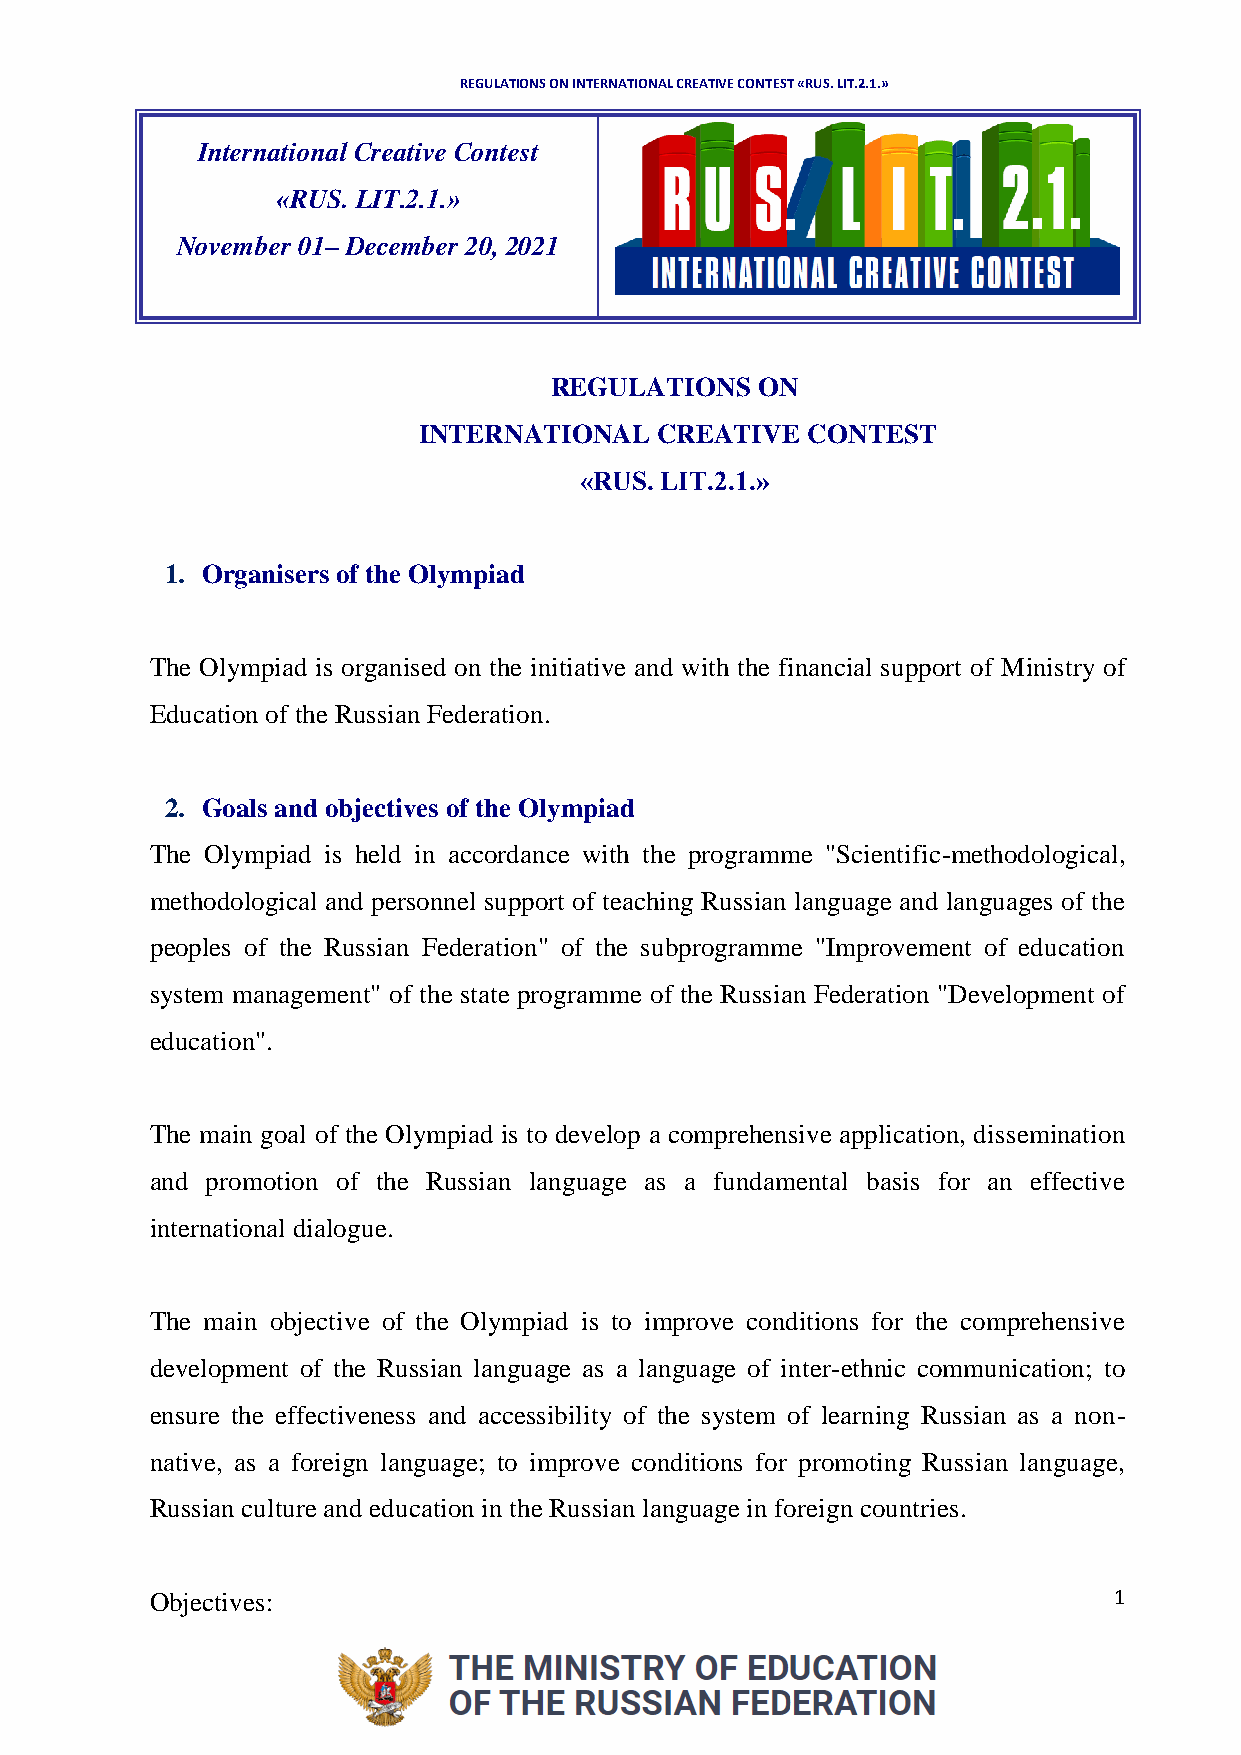
REGULATIONS ON INTERNATIONAL CREATIVE CONTEST «RUS. LIT.2.1.»
 International Creative Contest
 «RUS. LIT.2.1.»
 November 01– December 20, 2021
 REGULATIONS   ON
 INTERNATIONAL   CREATIVE CONTEST
 «RUS. LIT.2.1.»
 1. Organisers of the Olympiad
 The Olympiad is organised on the initiative and with the financial support of Ministry of
 Education of the Russian Federation.
 2. Goals and objectives of the Olympiad
 The Olympiad is held in accordance with the programme "Scientific-methodological,
 methodological and personnel support of teaching Russian language and languages of the
 peoples of the Russian Federation" of the subprogramme "Improvement of education
 system management" of the state programme of the Russian Federation "Development of
 education".
 The main goal of the Olympiad is to develop a comprehensive application, dissemination
 and promotion of the Russian language as a fundamental basis for an effective
 international dialogue.
 The main objective of the Olympiad is to improve conditions for the comprehensive
 development of the Russian language as a language of inter-ethnic communication; to
 ensure the effectiveness and accessibility of the system of learning Russian as a non-
 native, as a foreign language; to improve conditions for promoting Russian language,
 Russian culture and education in the Russian language in foreign countries.
 Objectives:                                                     1